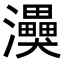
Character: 𭳸